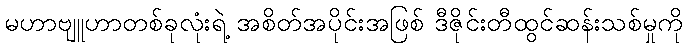
မဟာဗျူဟာတစ်ခုလုံးရဲ့ အစိတ်အပိုင်းအဖြစ် ဒီဇိုင်းတီထွင်ဆန်းသစ်မှုကို